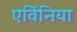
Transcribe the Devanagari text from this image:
एर्विनिया